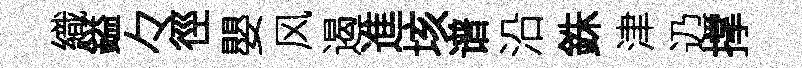
織鎰々徑嬰风遏進垓谱沿銖津辸撑